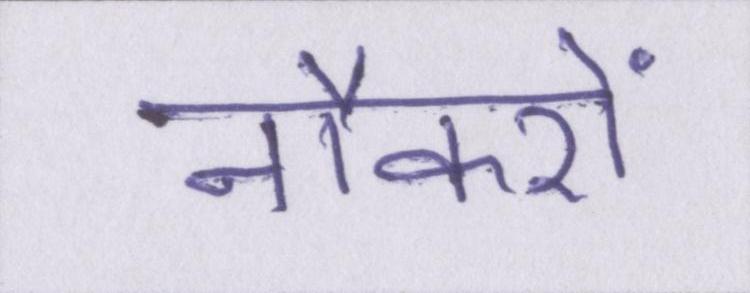
नौकरों